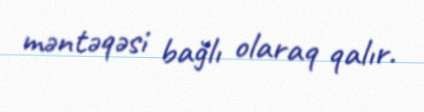
məntəqəsi bağlı olaraq qalır.